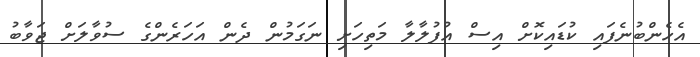
އެހެންބުނެފައި ކުޑައިކޮށް އިސް އުފުލާލާ މަތިހަށި ނަގަމުން ދެން އަހަރެންގެ ސުވާލަށް ޖަވާބު